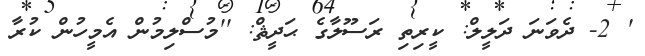
' 2- ދެވަނަ ދަލީލް: ކީރިތި ރަސޫލާގެ ޙަދީޘް: ''މުސްލިމުން އެމީހުން ކުރާ